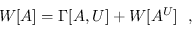
W [ A ] = \Gamma [ A , U ] + W [ A ^ { U } ] \ \ ,